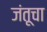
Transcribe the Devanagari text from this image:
जंतूचा